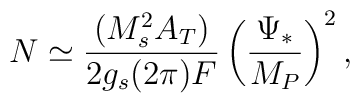
N \simeq \frac{(M_s^2 A_T)}{2g_s (2\pi)F}\left(\frac{\Psi_*}{M_P}\right)^2,